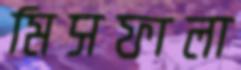
মিসফালা